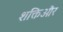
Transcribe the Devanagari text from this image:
शक्तिऔर